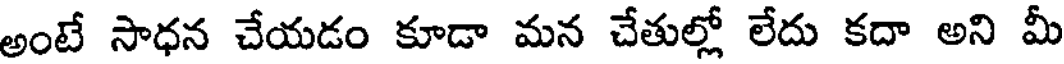
అంటే సాధన చేయడం కూడా మన చేతుల్లో లేదు కదా అని మీ